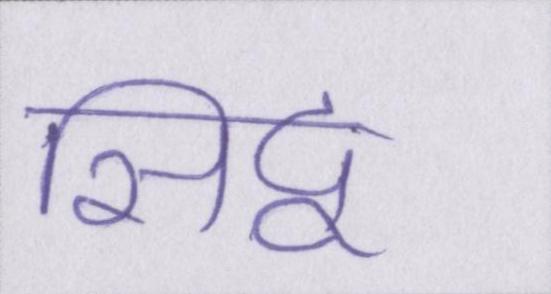
सिद्व